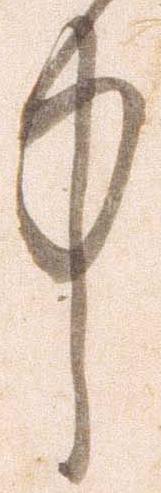
中